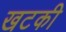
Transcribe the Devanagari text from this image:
खटकी